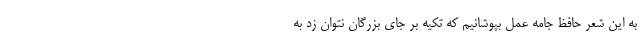
به این شعر حافظ جامه عمل بپوشانیم که تکیه بر جای بزرگان نتوان زد به